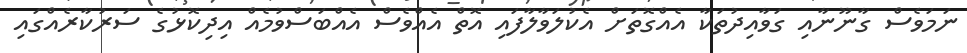
ނަމަވެސް ގާނޫނާއި ގަވާއިދުތަކާ އެއްގޮތަށް އެކުލަވާލާފައި އޮތް އެއްވެސް އެއްބަސްވުމެއް އިދިކޮޅުގެ ސަރުކާރެއްގައި